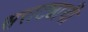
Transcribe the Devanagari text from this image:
सराट्याची